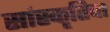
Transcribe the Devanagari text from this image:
सांस्कृतिचा